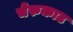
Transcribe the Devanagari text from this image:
चेरुकाट